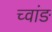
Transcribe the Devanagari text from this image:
च्वांङ